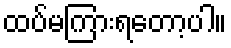
ထပ်မကြားရတော့ပါ။